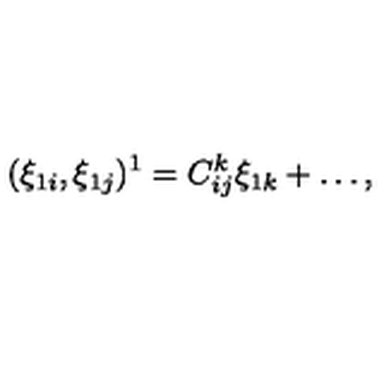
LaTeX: ( \xi _ { 1 i } , \xi _ { 1 j } ) ^ { 1 } = C _ { i j } ^ { k } \xi _ { 1 k } + \ldots ,